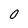
Character: O